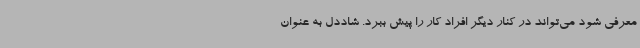
معرفی شود می‌تواند در کنار دیگر افراد کار را پیش ببرد. شاددل به عنوان